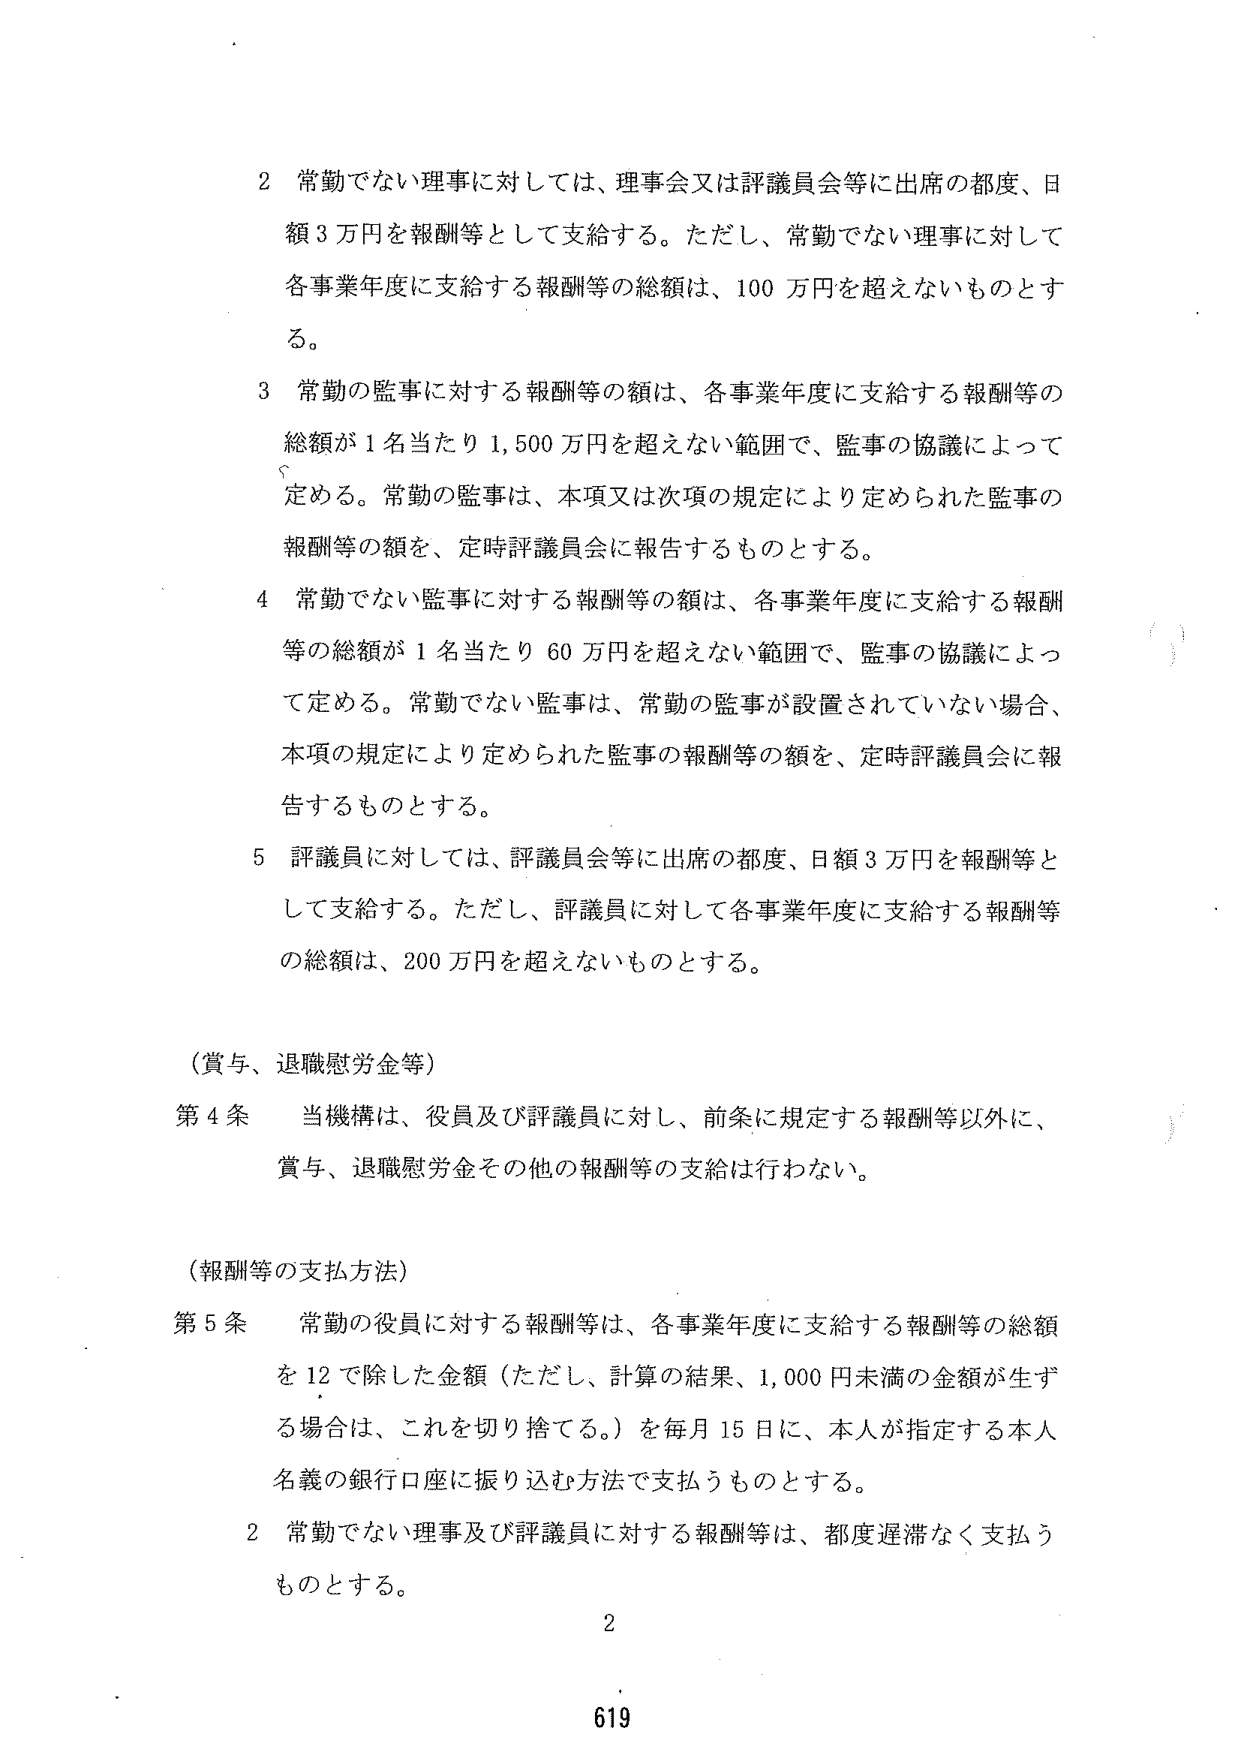
2 常勤でない理事に対しては、理事会又は評議員会等に出席の都度、日額3万円を報酬等として支給する。ただし、常勤でない理事に対して各事業年度に支給する報酬等の総額は、100万円を超えないものとする。

3 常勤の監事に対する報酬等の額は、各事業年度に支給する報酬等の総額が1名当たり1,500万円を超えない範囲で、監事の協議によって定める。常勤の監事は、本項又は次項の規定により定められた監事の報酬等の額を、定時評議員会に報告するものとする。

4 常勤でない監事に対する報酬等の額は、各事業年度に支給する報酬等の総額が1名当たり60万円を超えない範囲で、監事の協議によって定める。常勤でない監事は、常勤の監事が設置されていない場合、本項の規定により定められた監事の報酬等の額を、定時評議員会に報告するものとする。

5 評議員に対しては、評議員会等に出席の都度、日額3万円を報酬等として支給する。ただし、評議員に対して各事業年度に支給する報酬等の総額は、200万円を超えないものとする。

（賞与、退職慰労金等）

第4条 当機構は、役員及び評議員に対し、前条に規定する報酬等以外に、賞与、退職慰労金その他の報酬等の支給は行わない。

（報酬等の支払方法）

第5条 常勤の役員に対する報酬等は、各事業年度に支給する報酬等の総額を12で除した金額（ただし、計算の結果、1,000円未満の金額が生ずる場合は、これを切り捨てる。）を毎月15日に、本人が指定する本人名義の銀行口座に振り込む方法で支払うものとする。

2 常勤でない理事及び評議員に対する報酬等は、都度遅滞なく支払うものとする。

2

619